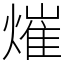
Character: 熣